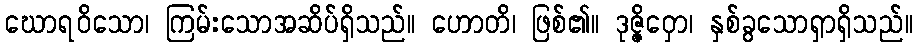
ဃောရဝိသော၊ ကြမ်းသောအဆိပ်ရှိသည်။ ဟောတိ၊ ဖြစ်၏။ ဒုဇ္ဇိဝှော၊ နှစ်ခွသောရှာရှိသည်။